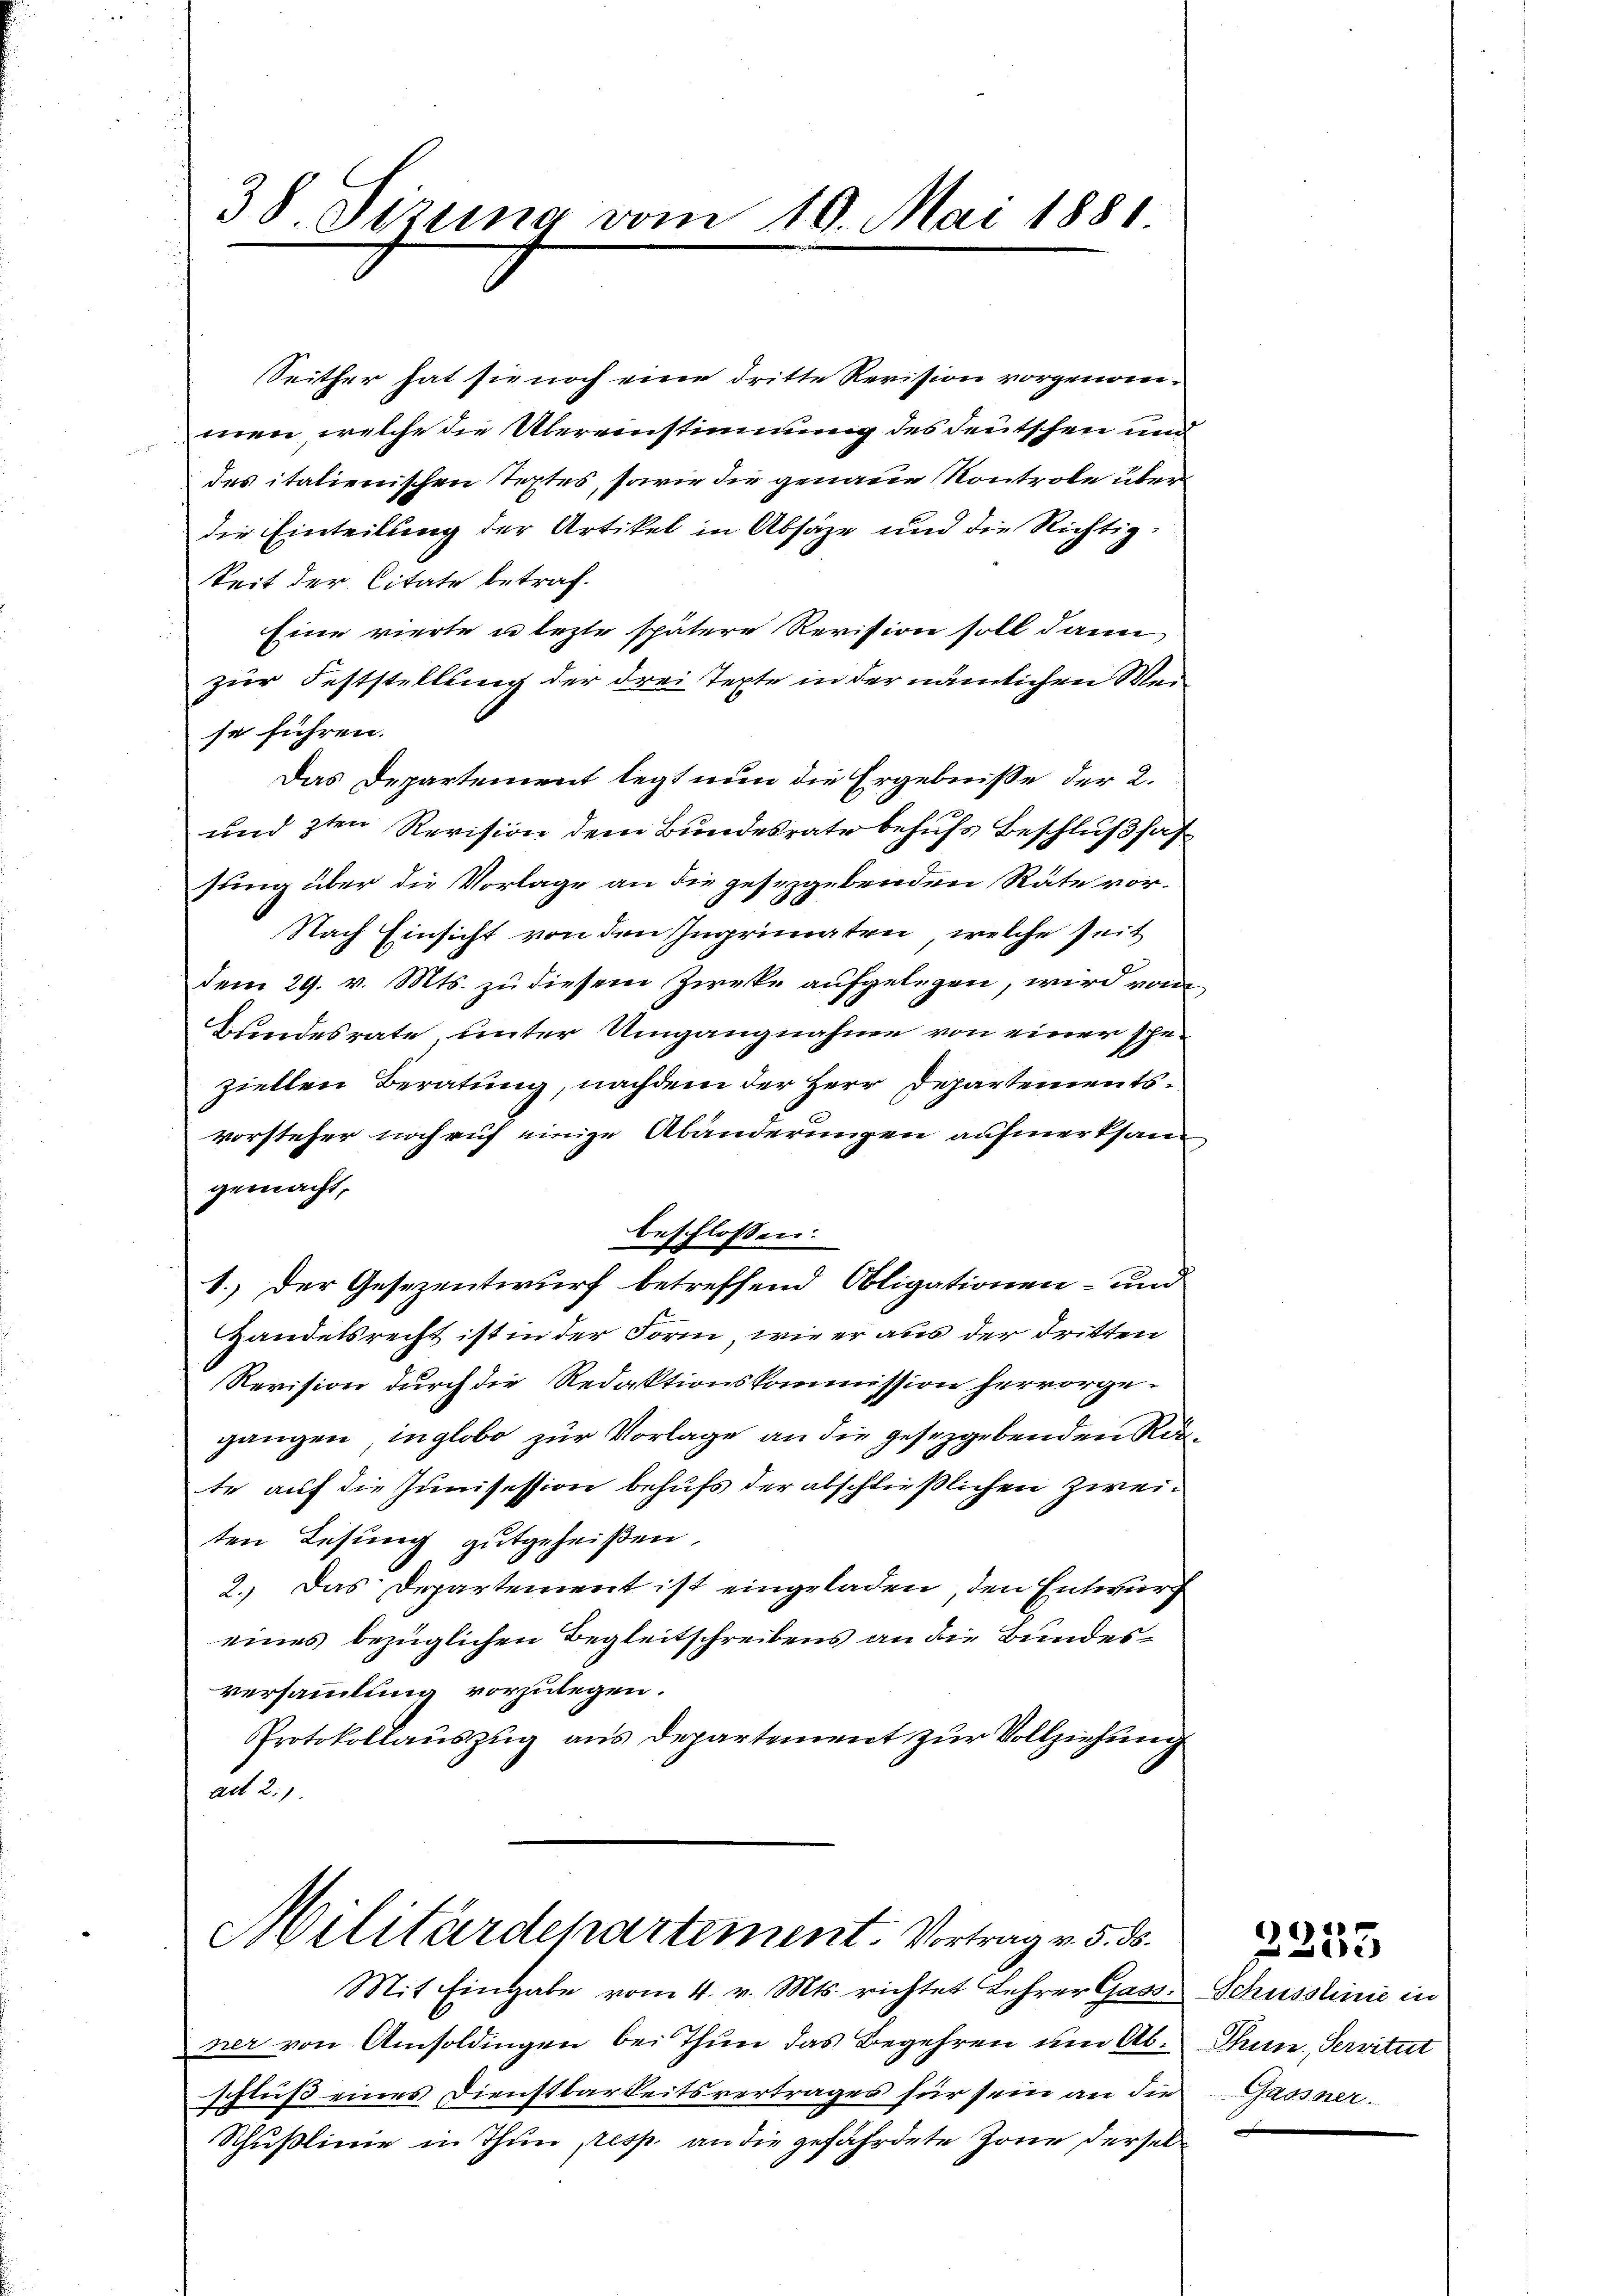
38. Sizung vom 10. Mai 1881

Seither hat sie noch eine dritte Revision vorgenommen, welche die Übereinstimmung des deutschen und
des italienischen Textes, sowie die genaue Kontrole überdie Einteilung der Artikel in Absage und die Richtigkeit der Citate betraf¬
Eine vierte u lezte spätere Revision soll dann
zur Feststellung der drei Texte in der nämlichen Weise führen.
Das Departement legt nun die Ergebniße der 2.
und 3ten Revision dem Bundesrate behufs Beschlußfassung über die Vorlage an die gesezgebenden Räte vor¬
Nach Einsicht von den Ingrinaten, welche seit
dem 29. v. Mts. zu diesem Zweke aufgelegen, wird von
Bundesrate unter Umgangnahme von einer scheziellen Beratung, nachdem der Herr Departementsvorsteher nachruf einige Abänderungen aufmerksam
gemacht,
beschlossen:
1.) Der Gesezentwurf betreffend Obligationen- und
Handelsrecht ist in der Form, wie er aus der dritten
Revision durch die Redaktionskommission hervorgegangen, in globo zur Vorlage an die gesetzgebenden Rete auf die Junisession behufs der abschließlichen Zweiten Lesung gutgeheißen.
2.) Das Departement ist eingeladen, den Entwurf
eines bezüglichen Begleitschreibens an die Bundesversammlung vorzulegen.
Protokollauszug aus Departement zur Vollziehung
ait 21.

Militärdepartement. Vortrag v. 5. ds.

Mit Eingabe vom 4. v. Mts. richtet Lehrer Gass
ner von Amsoldingen bei Thun das Begehren um Abschluß eines Dienstbarkeitsvertragen für sein an die
Schußlinie in Thun presp. an die gefährdete Zone dersel

Schusslinie in
Thun, Servitut
Gaosner.

3353